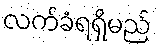
လက်ခံရရှိမည်